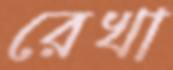
রেখা